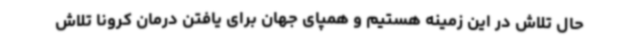
حال تلاش در این زمینه هستیم و همپای جهان برای یافتن درمان کرونا تلاش